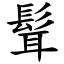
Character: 髶